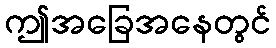
ဤအခြေအနေတွင်